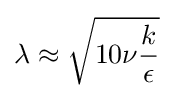
\lambda \approx {\sqrt {10\nu {\frac {k}{\epsilon }}}}